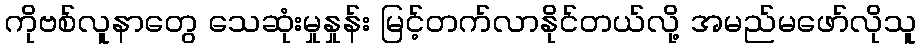
ကိုဗစ်လူနာတွေ သေဆုံးမှုနှုန်း မြင့်တက်လာနိုင်တယ်လို့ အမည်မဖော်လိုသူ